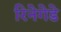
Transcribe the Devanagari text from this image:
रिनेगेडे